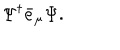
\Psi ^ { \dagger } \bar { e } _ { \mu } \Psi .